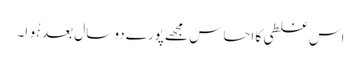
اس غلطی کا احساس مجھے پورے دو سال بعد ہُوا۔